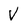
Character: V